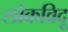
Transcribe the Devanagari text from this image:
लोकविदू